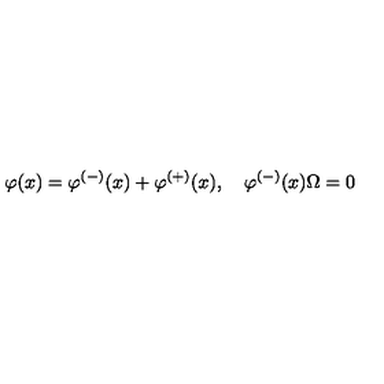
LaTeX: \varphi ( x ) = \varphi ^ { ( - ) } ( x ) + \varphi ^ { ( + ) } ( x ) , \quad \varphi ^ { ( - ) } ( x ) \Omega = 0